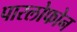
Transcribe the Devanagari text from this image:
पारलोफोन